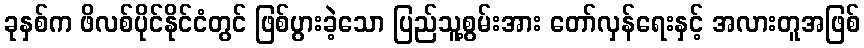
ခုနှစ်က ဖိလစ်ပိုင်နိုင်ငံတွင် ဖြစ်ပွားခဲ့သော ပြည်သူ့စွမ်းအား တော်လှန်ရေးနှင့် အလားတူအဖြစ်